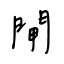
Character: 閘